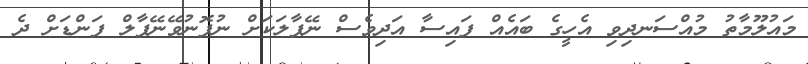
މައުލޫމާތު މުއްސަނދިވި އެހީގެ ބައެއް ފައިސާ އަދިވެސް ނޭޕާލަކަށް ނުފޮނުވޭނޭޕާލް ފަންޑަށް ދެ